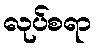
လုပ်စရာ